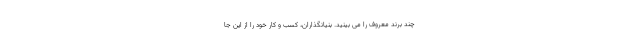
چند برند معروف را می بینید. بنیانگذاران، کسب و کار خود را از این جا